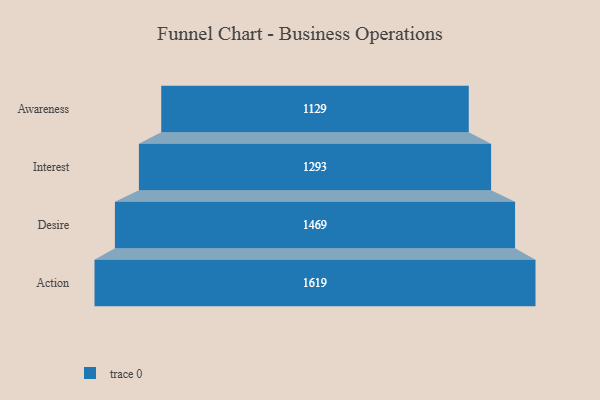
{"axis": {"x": "Stage", "y": "Value"}, "legend": [""], "data": [{"x": "Awareness", "y": 1129.0, "type": ""}, {"x": "Interest", "y": 1293.0, "type": ""}, {"x": "Desire", "y": 1469.0, "type": ""}, {"x": "Action", "y": 1619.0, "type": ""}]}